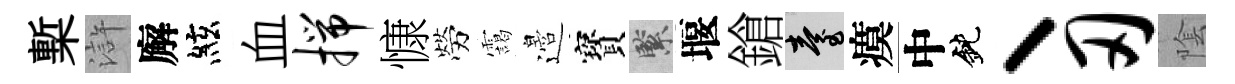
槧滸廨絃血揣慷勞靄邉寳緊堰鎗臺瘼中鈍丶刃隂